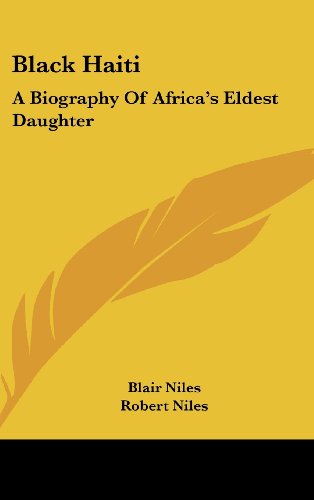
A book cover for Black Haiti: A Biography of Africa's Eldest Daughter; Blair Niles; Travel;